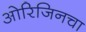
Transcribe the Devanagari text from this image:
ओरिजिनचा